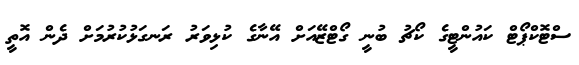
ސްޓޮކްޕޯޓް ކައުންޓީގެ ކޯޗު ބުނީ ގޯޓްޒޭއަށް އޭނާގެ ކުޅިވަރު ރަނގަޅުކުރުމަށް ދެން އޮތީ